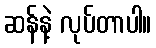
ဆန်နဲ့ လုပ်တာပါ။